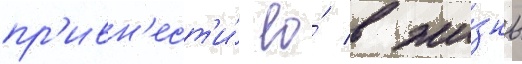
пр'ивн'ест'и́ ео́ в жи́знь